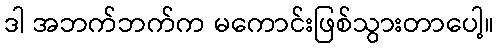
ဒါ အဘက်ဘက်က မကောင်းဖြစ်သွားတာပေါ့။